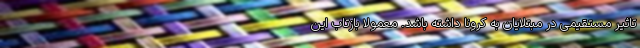
تاثیر مستقیمی در مبتلایان به کرونا داشته باشد. معمولا بازتاب این